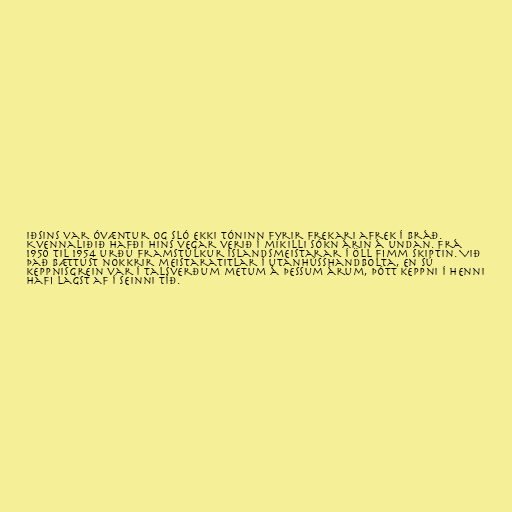
iðsins var óvæntur og sló ekki tóninn fyrir frekari afrek í bráð.
Kvennaliðið hafði hins vegar verið í mikilli sókn árin á undan. Frá
1950 til 1954 urðu Framstúlkur Íslandsmeistarar í öll fimm skiptin. Við
það bættust nokkrir meistaratitlar í utanhússhandbolta, en sú
keppnisgrein var í talsverðum metum á þessum árum, þótt keppni í henni
hafi lagst af í seinni tíð.